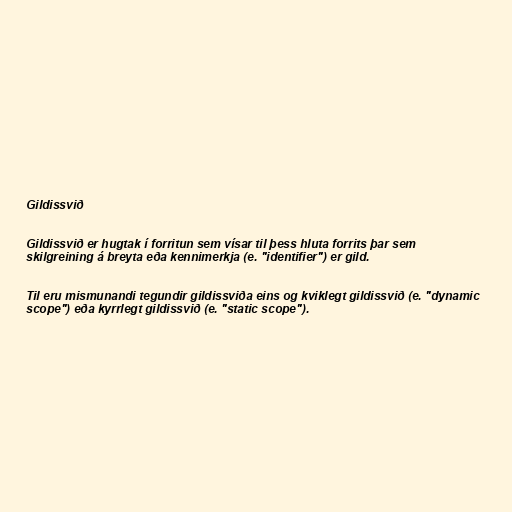
Gildissvið

Gildissvið er hugtak í forritun sem vísar til þess hluta forrits þar sem
skilgreining á breyta eða kennimerkja (e. "identifier") er gild.

Til eru mismunandi tegundir gildissviða eins og kviklegt gildissvið (e. "dynamic
scope") eða kyrrlegt gildissvið (e. "static scope").